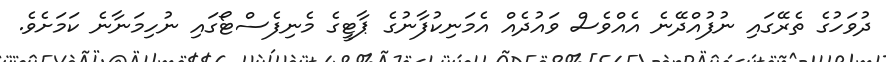
ދުވަހުގެ ތެރޭގައި ނުފުއްދޭނެ އެއްވެސް ވައުދެއް އެމަނިކުފާނުގެ ޕާޓީގެ މެނިފެސްޓޯގައި ނުހިމަނާނެ ކަމަށެވެ.